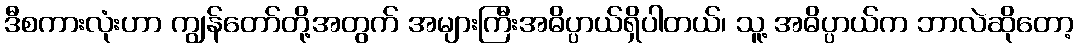
ဒီစကားလုံးဟာ ကျွန်တော်တို့အတွက် အများကြီးအဓိပ္ပာယ်ရှိပါတယ်၊ သူ့ အဓိပ္ပာယ်က ဘာလဲဆိုတော့